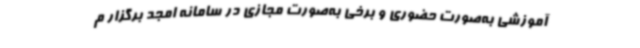
آموزشی به‌صورت حضوری و برخی به‌صورت مجازی در سامانه امجد برگزار م